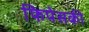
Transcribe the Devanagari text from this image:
फिपेसकी